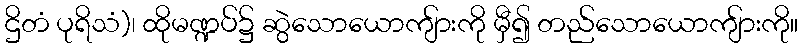
ဌိတံ ပုရိသံ)၊ ထိုမဏ္ဍပ်၌ ဆွဲသောယောကျ်ားကို မှီ၍ တည်သောယောကျ်ားကို။